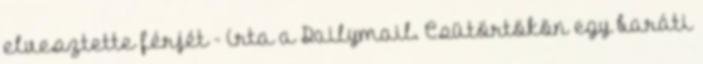
elvesztette férjét - írta a Dailymail. Csütörtökön egy baráti